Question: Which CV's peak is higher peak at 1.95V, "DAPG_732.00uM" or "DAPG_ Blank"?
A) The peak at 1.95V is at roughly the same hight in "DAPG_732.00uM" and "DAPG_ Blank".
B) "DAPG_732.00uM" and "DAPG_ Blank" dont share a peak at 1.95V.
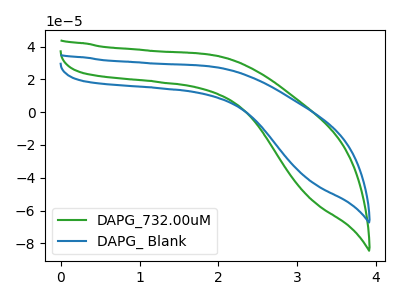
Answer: <think>The green curve "DAPG_732.00uM" has no peaks. The blue curve "DAPG_ Blank" has no peaks.</think>
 <answer>B) "DAPG_732.00uM" and "DAPG_ Blank" dont share a peak at 1.95V.</answer>
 <eval>B</eval>